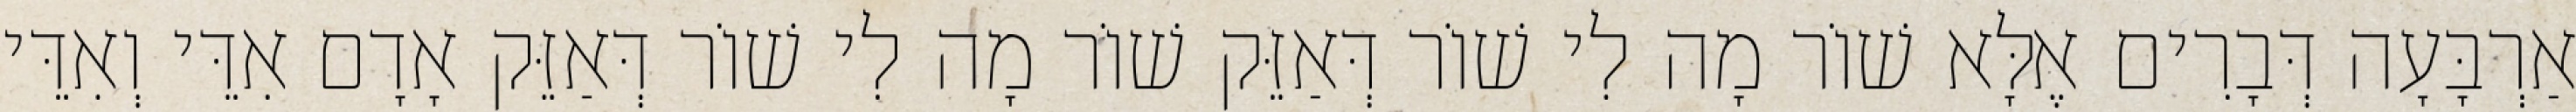
אַרְבָּעָה דְּבָרִים אֶלָּא שׁוֹר מָה לִי שׁוֹר דְּאַזֵּק שׁוֹר מָה לִי שׁוֹר דְּאַזֵּק אָדָם אִדֵּי וְאִדֵּי